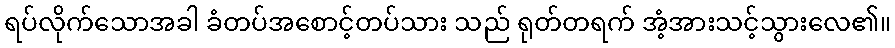
ရပ်လိုက်သောအခါ ခံတပ်အစောင့်တပ်သား သည် ရုတ်တရက် အံ့အားသင့်သွားလေ၏။